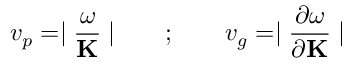
v _ { p } = \mid \frac { \omega } { { \bf K } } \mid \qquad ; \qquad v _ { g } = \mid \frac { \partial \omega } { \partial { \bf K } } \mid